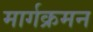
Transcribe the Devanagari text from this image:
मार्गक्रमन